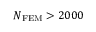
N _ { \mathrm { F E M } } > 2 0 0 0